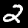
Digit: 2